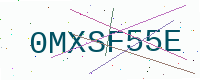
Text: 0MXSF55E